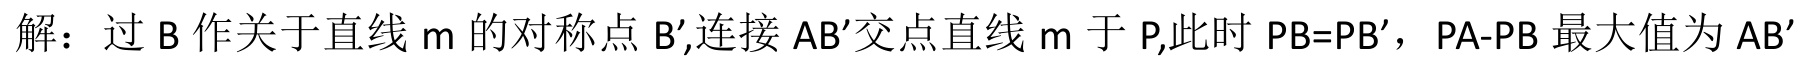
解：过\(B\)作关于直线\(m\)的对称点\(B'\),连接\(AB'\)交点直线\(m\)于\(P\),此时 \(PB = PB'\)，\(PA - PB\)最大值为\(AB'\)